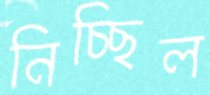
নিচ্ছিল